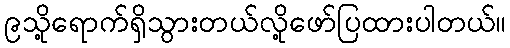
၉သို့ရောက်ရှိသွားတယ်လို့ဖော်ပြထားပါတယ်။